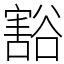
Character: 豁